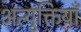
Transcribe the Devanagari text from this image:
अत्युक्तियाँ